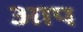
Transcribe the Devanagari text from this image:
अाप